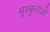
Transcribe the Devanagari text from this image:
मुस्कुराओ